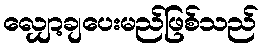
လျှော့ချပေးမည်ဖြစ်သည်